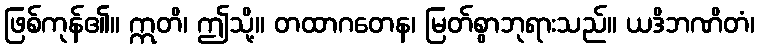
ဖြစ်ကုန်၏။ ဣတိ၊ ဤသို့။ တထာဂတေန၊ မြတ်စွာဘုရားသည်။ ယဒိဘဏိတံ၊